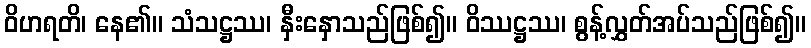
ဝိဟရတိ၊ နေ၏။ သံသဋ္ဌဿ၊ နှီးနှောသည်ဖြစ်၍။ ဝိဿဋ္ဌဿ၊ စွန့်လွှတ်အပ်သည်ဖြစ်၍။